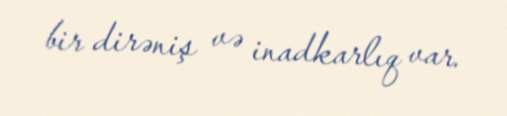
bir dirəniş və inadkarlıq var.